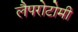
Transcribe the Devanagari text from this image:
लैपरोटोमी